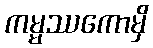
ကမ္မဿကောမှိ